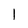
Character: 1